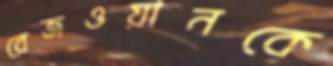
রেজওয়ানকে